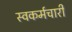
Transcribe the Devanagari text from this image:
स्वकर्मचारी